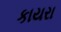
કાયરા